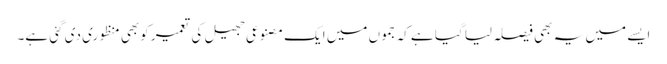
ایسے میں یہ بھی فیصلہ لیا گیا ہے کہ جموں میں ایک مصنوعی جھیل کی تعمیر کوبھی منظوری دی گئی ہے۔